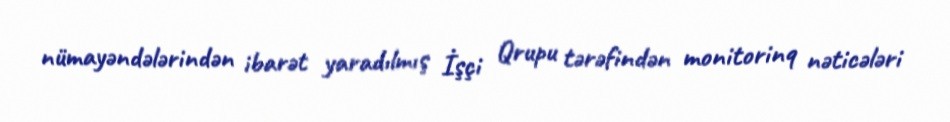
nümayəndələrindən ibarət yaradılmış İşçi Qrupu tərəfindən monitorinq nəticələri